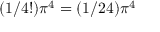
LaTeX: ( 1 / 4 ! ) \pi ^ { 4 } = ( 1 / 2 4 ) \pi ^ { 4 }